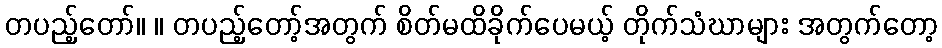
တပည့်တော်။ ။ တပည့်တော့်အတွက် စိတ်မထိခိုက်ပေမယ့် တိုက်သံဃာများ အတွက်တော့